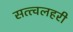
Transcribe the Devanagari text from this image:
सत्त्वलहरी